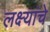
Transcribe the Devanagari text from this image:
लक्ष्यांचे